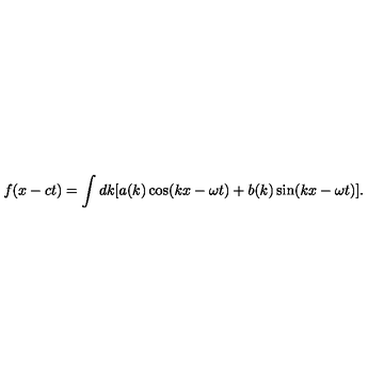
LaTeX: f ( x - c t ) = \int d k [ a ( k ) \cos ( k x - \omega t ) + b ( k ) \sin ( k x - \omega t ) ] .